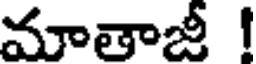
మాతాజీ !